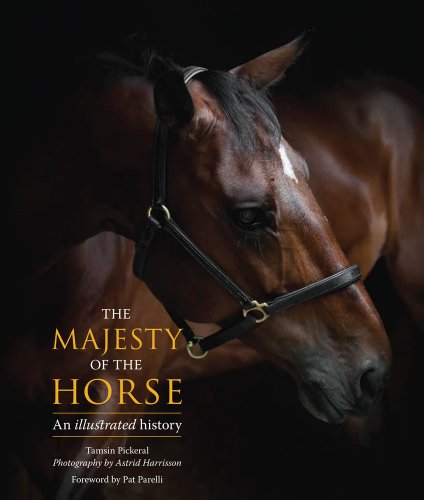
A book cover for The Majesty of the Horse: An Illustrated History; Tamsin Pickeral; Crafts, Hobbies & Home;